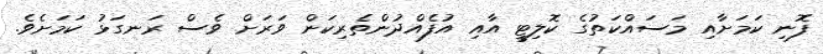
ފޮނި ކަމަށާއި މަސައްކަތުގެ ކޮލިޓީ އާއި އުފެއްދުންތެރިކަން ވަރަށް ވެސް ރަނގަޅު ކަމަށެވެ.